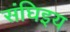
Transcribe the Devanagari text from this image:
संघिइय